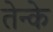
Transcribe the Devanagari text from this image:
तेन्के